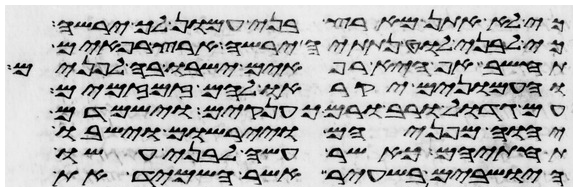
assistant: כי לא אתן מארץ בני עמון לך ירשה
כי לבני לוט נתתיה ירשה ארץ רפאים
תחשב אף היא רפאים ישבו בה לפנים
והעמונים יקראו להם זמזמים
עם גדול ורב ורם כענקים וישמדם
יהוה מפניהם ויירשום וישבו
תחתיהם כאשר עשה לבני עשו
הישבים בשעיר אשר השמיד את